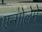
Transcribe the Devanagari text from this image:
एन्गोलेमे